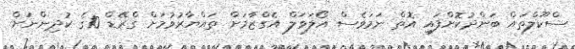
ސްކޫލްތައް ބަންދުކޮށްފައި އޮތް ނަމަވެސް އޯލަވަލް އެގްޒާމަށް ތައްޔާރުވުމަށް ގްރޭޑް 10ގެ ކުދިންނަށް